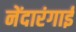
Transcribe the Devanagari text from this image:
नेंदारंगाई